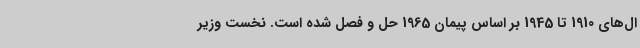
ال‌های 1910 تا 1945 بر اساس پیمان 1965 حل و فصل شده است. نخست وزیر